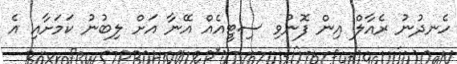
ހެނދުނު ރެއާލް އިން ފޮނުވި ސިޓީއެއް އޭނާ އަށް ލިބުނު ކަމަށާއި އެ